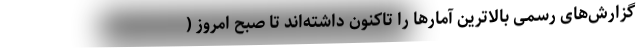
گزارش‌های رسمی بالاترین آمارها را تاکنون داشته‌اند تا صبح امروز (